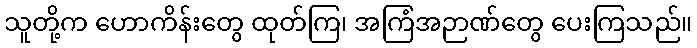
သူတို့က ဟောကိန်းတွေ ထုတ်ကြ၊ အကြံအဉာဏ်တွေ ပေးကြသည်။